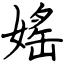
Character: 媱